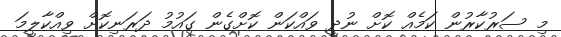
މި ސަރުކާރުން ކަމެއް ކޮށް ނުދީ ވައްކަން ކޮށްގެން ގައުމު ދަރަނިކޮށް ވިއްކާލީމަ